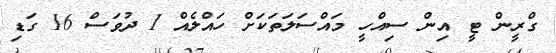
ގްރީން ޓީ އިން ސިއްހީ މައްސަލަތަކަށް ހައްލެއް 1 ދުވަސް 16 ގަޑި